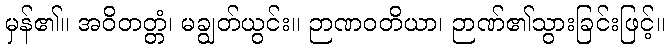
မှန်၏။ အဝိတတ္တံ၊ မချွတ်ယွင်း။ ဉာဏဝတိယာ၊ ဉာဏ်၏သွားခြင်းဖြင့်။